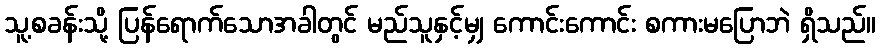
သူ့စခန်းသို့ ပြန်ရောက်သောအခါတွင် မည်သူနှင့်မျှ ကောင်းကောင်း စကားမပြောဘဲ ရှိသည်။